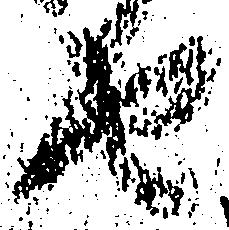
由